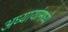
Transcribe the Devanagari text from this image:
अध्यायांमध्ये